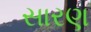
સારણ